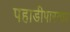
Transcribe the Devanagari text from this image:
पहाडीपारगाव